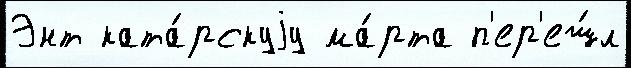
Энт ката́рскуjу ма́рта п'ер'еш́л